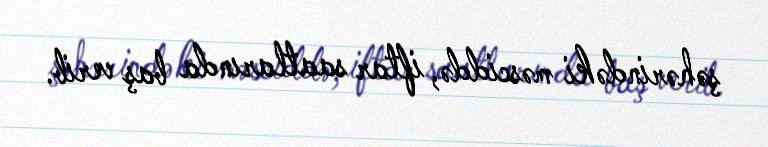
şəhərindəki məsciddə, iftar saatlarında baş verib.